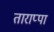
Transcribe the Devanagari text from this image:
ताराप्पा